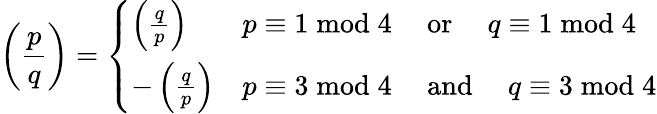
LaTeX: \left({\frac{p}{q}}\right)={\left\{ \begin{array}{ll}{\left({\frac{q}{p}}\right)}&{p\equiv 1{\bmod{4}}\quad{\mathrm{~or~}}\quad q\equiv 1{\bmod{4}}}\\ {-\left({\frac{q}{p}}\right)}&{p\equiv 3{\bmod{4}}\quad{\mathrm{~and~}}\quad q\equiv 3{\bmod{4}}}\end{array}\right.}